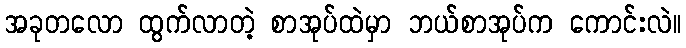
အခုတလော ထွက်လာတဲ့ စာအုပ်ထဲမှာ ဘယ်စာအုပ်က ကောင်းလဲ။